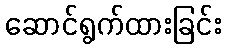
ဆောင်ရွက်ထားခြင်း